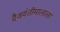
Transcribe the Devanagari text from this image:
वैजयंतीमालाला